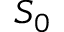
S _ { 0 }